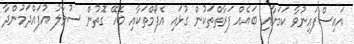
އައިސްފައިނުވާ ކަމަށާއި ބައެއް ފަރާތްތަކުން ގުޅައި އެފޯމްތަކާއި ބެހޭ ގޮތުން ސުވާލު އުފައްދަމުންދާ